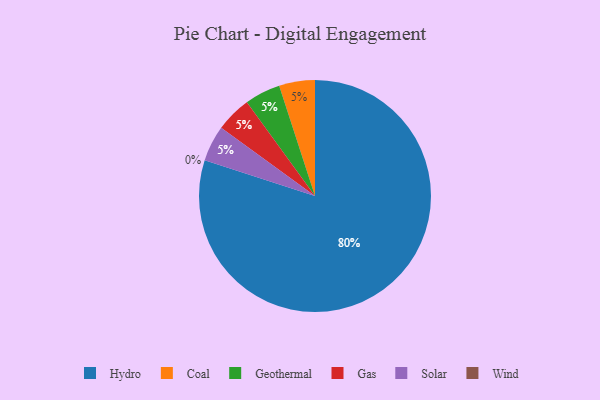
{"axis": {"x": "Category", "y": "Percentage"}, "legend": ["Coal", "Gas", "Geothermal", "Hydro", "Solar", "Wind"], "data": [{"x": "Coal", "y": 5, "type": "Coal"}, {"x": "Hydro", "y": 80, "type": "Hydro"}, {"x": "Wind", "y": 0, "type": "Wind"}, {"x": "Geothermal", "y": 5, "type": "Geothermal"}, {"x": "Gas", "y": 5, "type": "Gas"}, {"x": "Solar", "y": 5, "type": "Solar"}]}